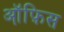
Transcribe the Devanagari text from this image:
ऑ़फ़िस